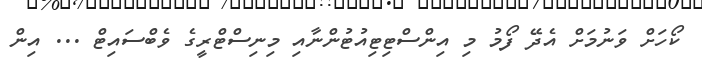
ކޯހަށް ވަނުމަށް އެދޭ ފޯމު މި އިންސްޓިޓިއުޓުންނާއި މިނިސްޓްރީގެ ވެބްސައިޓް ... އިން